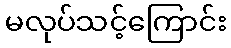
မလုပ်သင့်ကြောင်း